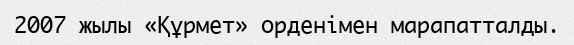
2007 жылы «Құрмет» орденімен марапатталды.